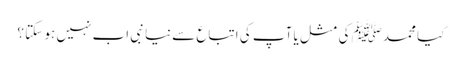
کیا محمدﷺ کی مثل یا آپ کی اتباع سےنیا نبی اب نہیں ہو سکتا ؟